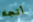
أتجاه